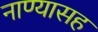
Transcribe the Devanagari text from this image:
नाण्यासह